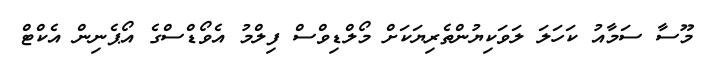
މޫސާ ސަމާއު ކަހަލަ ލަވަކިޔުންތެރިޔަކަށް މޯލްޑިވްސް ފިލްމު އެވޯޑްސްގެ އޯޕެނިން އެކްޓް